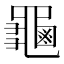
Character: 𪚴